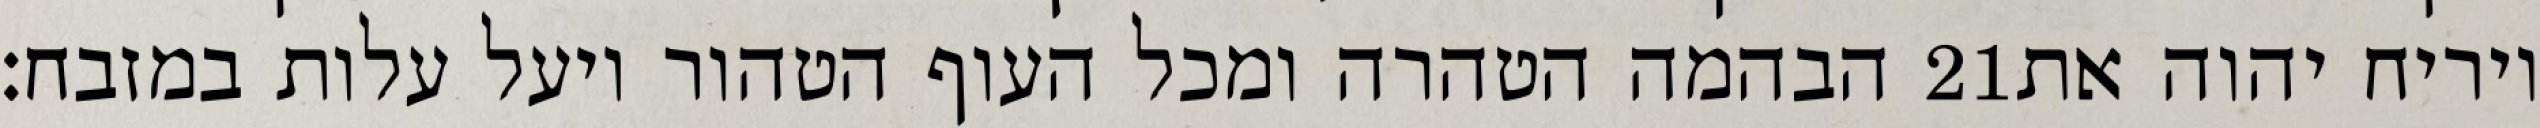
הבהמה הטהרה ומכל העוף הטהור ויעל עלות במזבח׃ ‎21‏ ויריח יהוה את